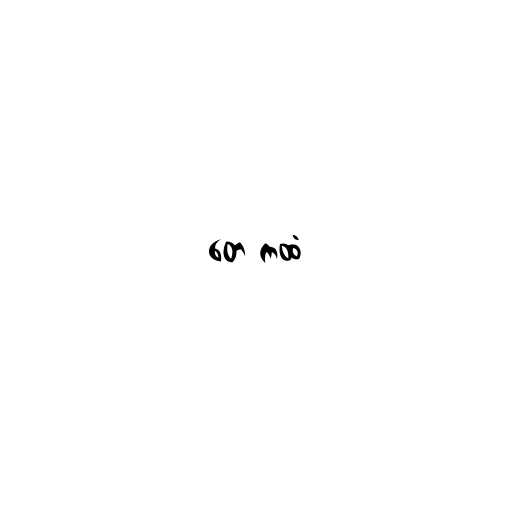
တေ ကထံ